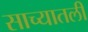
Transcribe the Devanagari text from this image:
साच्यातली